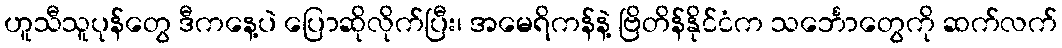
ဟူသီသူပုန်တွေ ဒီကနေ့ပဲ ပြောဆိုလိုက်ပြီး၊ အမေရိကန်နဲ့ ဗြိတိန်နိုင်ငံက သင်္ဘောတွေကို ဆက်လက်